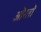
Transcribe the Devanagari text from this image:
औेरतों